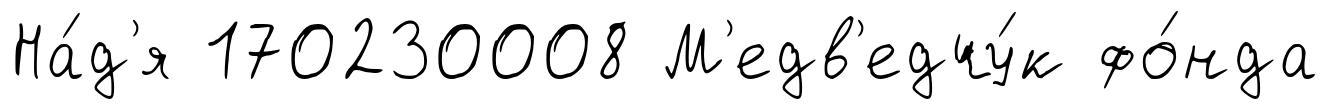
На́д'я 170230008 М'едв'едчу́к фо́нда